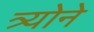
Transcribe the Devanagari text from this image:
त्र्योने